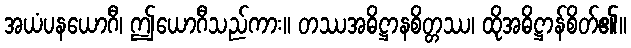
အယံပနယောဂီ၊ ဤယောဂီသည်ကား။ တဿအဓိဋ္ဌာနစိတ္တဿ၊ ထိုအဓိဋ္ဌာန်စိတ်၏။